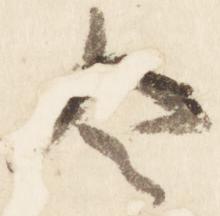
令